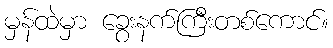
မှန်ထဲမှာ ခွေးနက်ကြီးတစ်ကောင်။